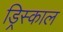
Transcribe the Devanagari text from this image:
ड्रिस्काल